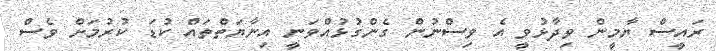
ރައީސް ޔާމީން ވިދާޅުވީ އެ ވިސްނުން ގެންގުޅުއްވަނީ އިނާޔަތްތައް ކުޑަ ކުރުމަށް ވެސް